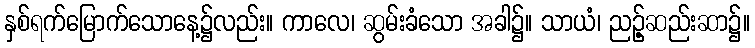
နှစ်ရက်မြောက်သောနေ့၌လည်း။ ကာလေ၊ ဆွမ်းခံသော အခါ၌။ သာယံ၊ ညဉ့်ဆည်းဆာ၌။